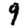
Digit: 9